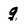
Character: g